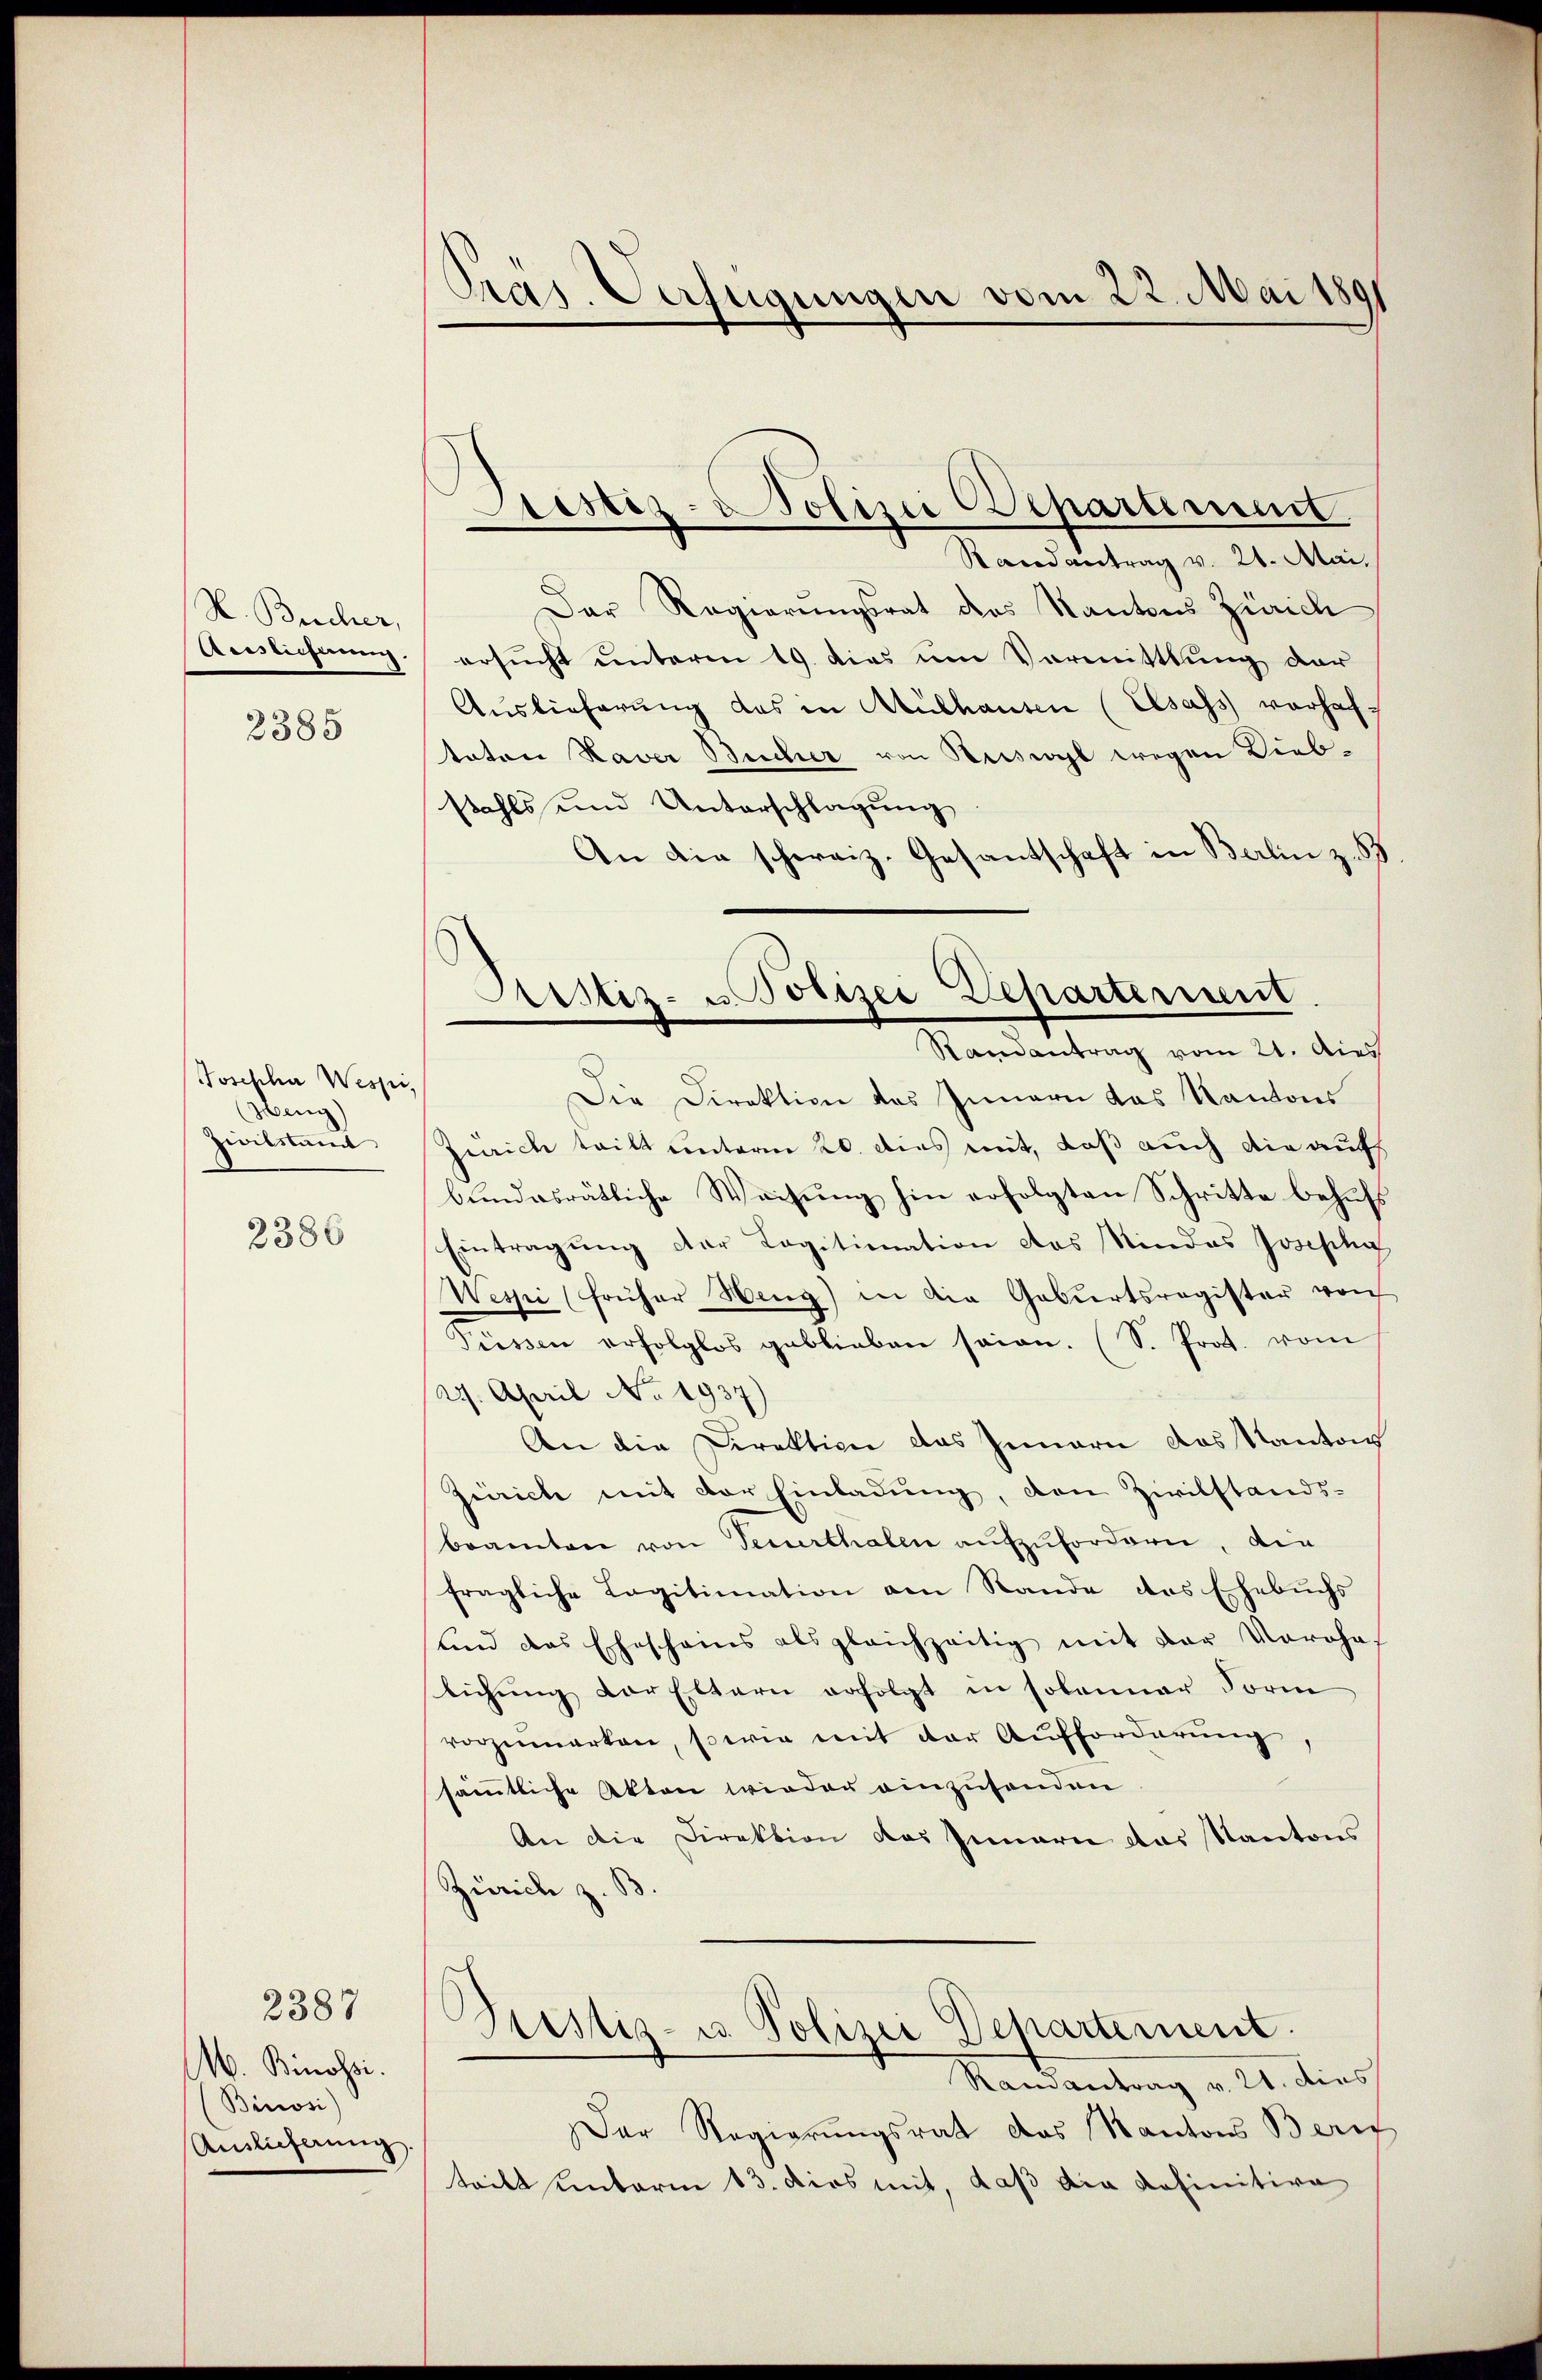
P. Brecher,
Auslieferung.
2385

Josepha Wespi,
ung)
zwilstamt

2386

2387
M. Binossi.
Binosi)
Anslicherung.

Präs. Verfügungen vom 22. Mai 1891

Liester- Polizei Departement.

Randantrag v. 21. Mai.
Der Regierungsrat des Kantons Zürich
ersucht unterm 19. dies um Vormittlung der
Auslieferung das in Mülhausen (Elsass vorhaftaten Naver Bucher von Ruswyl wegen Diebstahls und Unterschlagung
An die schweiz. Gesantschaft in Berlin z. B
Die Direktion des Innern das Kantons
Zürich teilt unterm 20. dies mit, daß auch die auf
bundesrätliche Weisung hin erfolgten Schritte behufs
Eintragung der Legitimation das Kindes Josepha
Wespi (früher Heng) in die Geburtsregister von
Püssen erfolglos geblieben seien. (S. Prot. vom
27. April No 1937)
An die Direktion das Innern das Kantons
Zürich mit der Einladung, den Zivilstands-
beamten von Feuerthalen aufzufordern, die
fragliche Legitimation am Rande des Ehebuchs
und das Ehescheins als gleichzeitig mit der Vorohas
lichung der Eltern erfolgt in solanner Form
vorzumerken, sowie mit der Aufforderŭng
samtliche Akten wieder einzusenden
An die Direktion das Innern das Kantons
Zürich z. B.
Justiz- u. Polizei Departement.
Rondantrag v. 21. dies
Der Regierŭngsrat das Kantons Beric
teilt unterm 13. dies mit, daß die definitive

Sistiz- u Polizei Departermit
Randantrag vom 21. dies